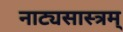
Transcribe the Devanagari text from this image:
नाट्यसास्त्रम्